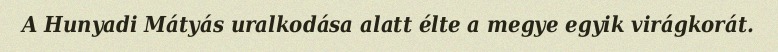
A Hunyadi Mátyás uralkodása alatt élte a megye egyik virágkorát.